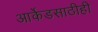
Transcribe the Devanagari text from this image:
आर्केडसाठीही